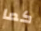
كما